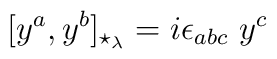
[y^a, y^b]_{\star_{\lambda}} = i \epsilon_{abc} \ y^c